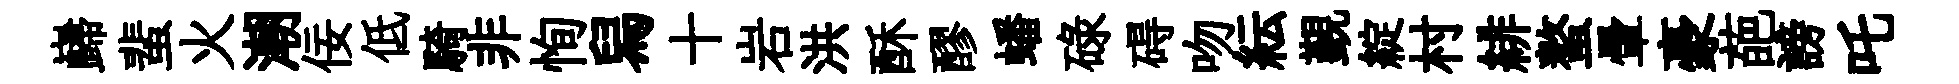
巋蜚火潮佞低騎非恂舄十岩洪酥醪蟠碌碍吻紜覲綻村緋螯暈豪葩謗吒